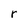
Character: r